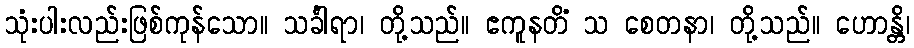
သုံးပါးလည်းဖြစ်ကုန်သော။ သင်္ခါရာ၊ တို့သည်။ ဧကူနတိံ သ စေတနာ၊ တို့သည်။ ဟောန္တိ၊